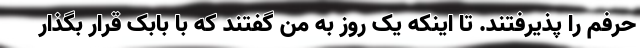
حرفم را پذیرفتند. تا اینکه یک روز به من گفتند که با بابک قرار بگذار